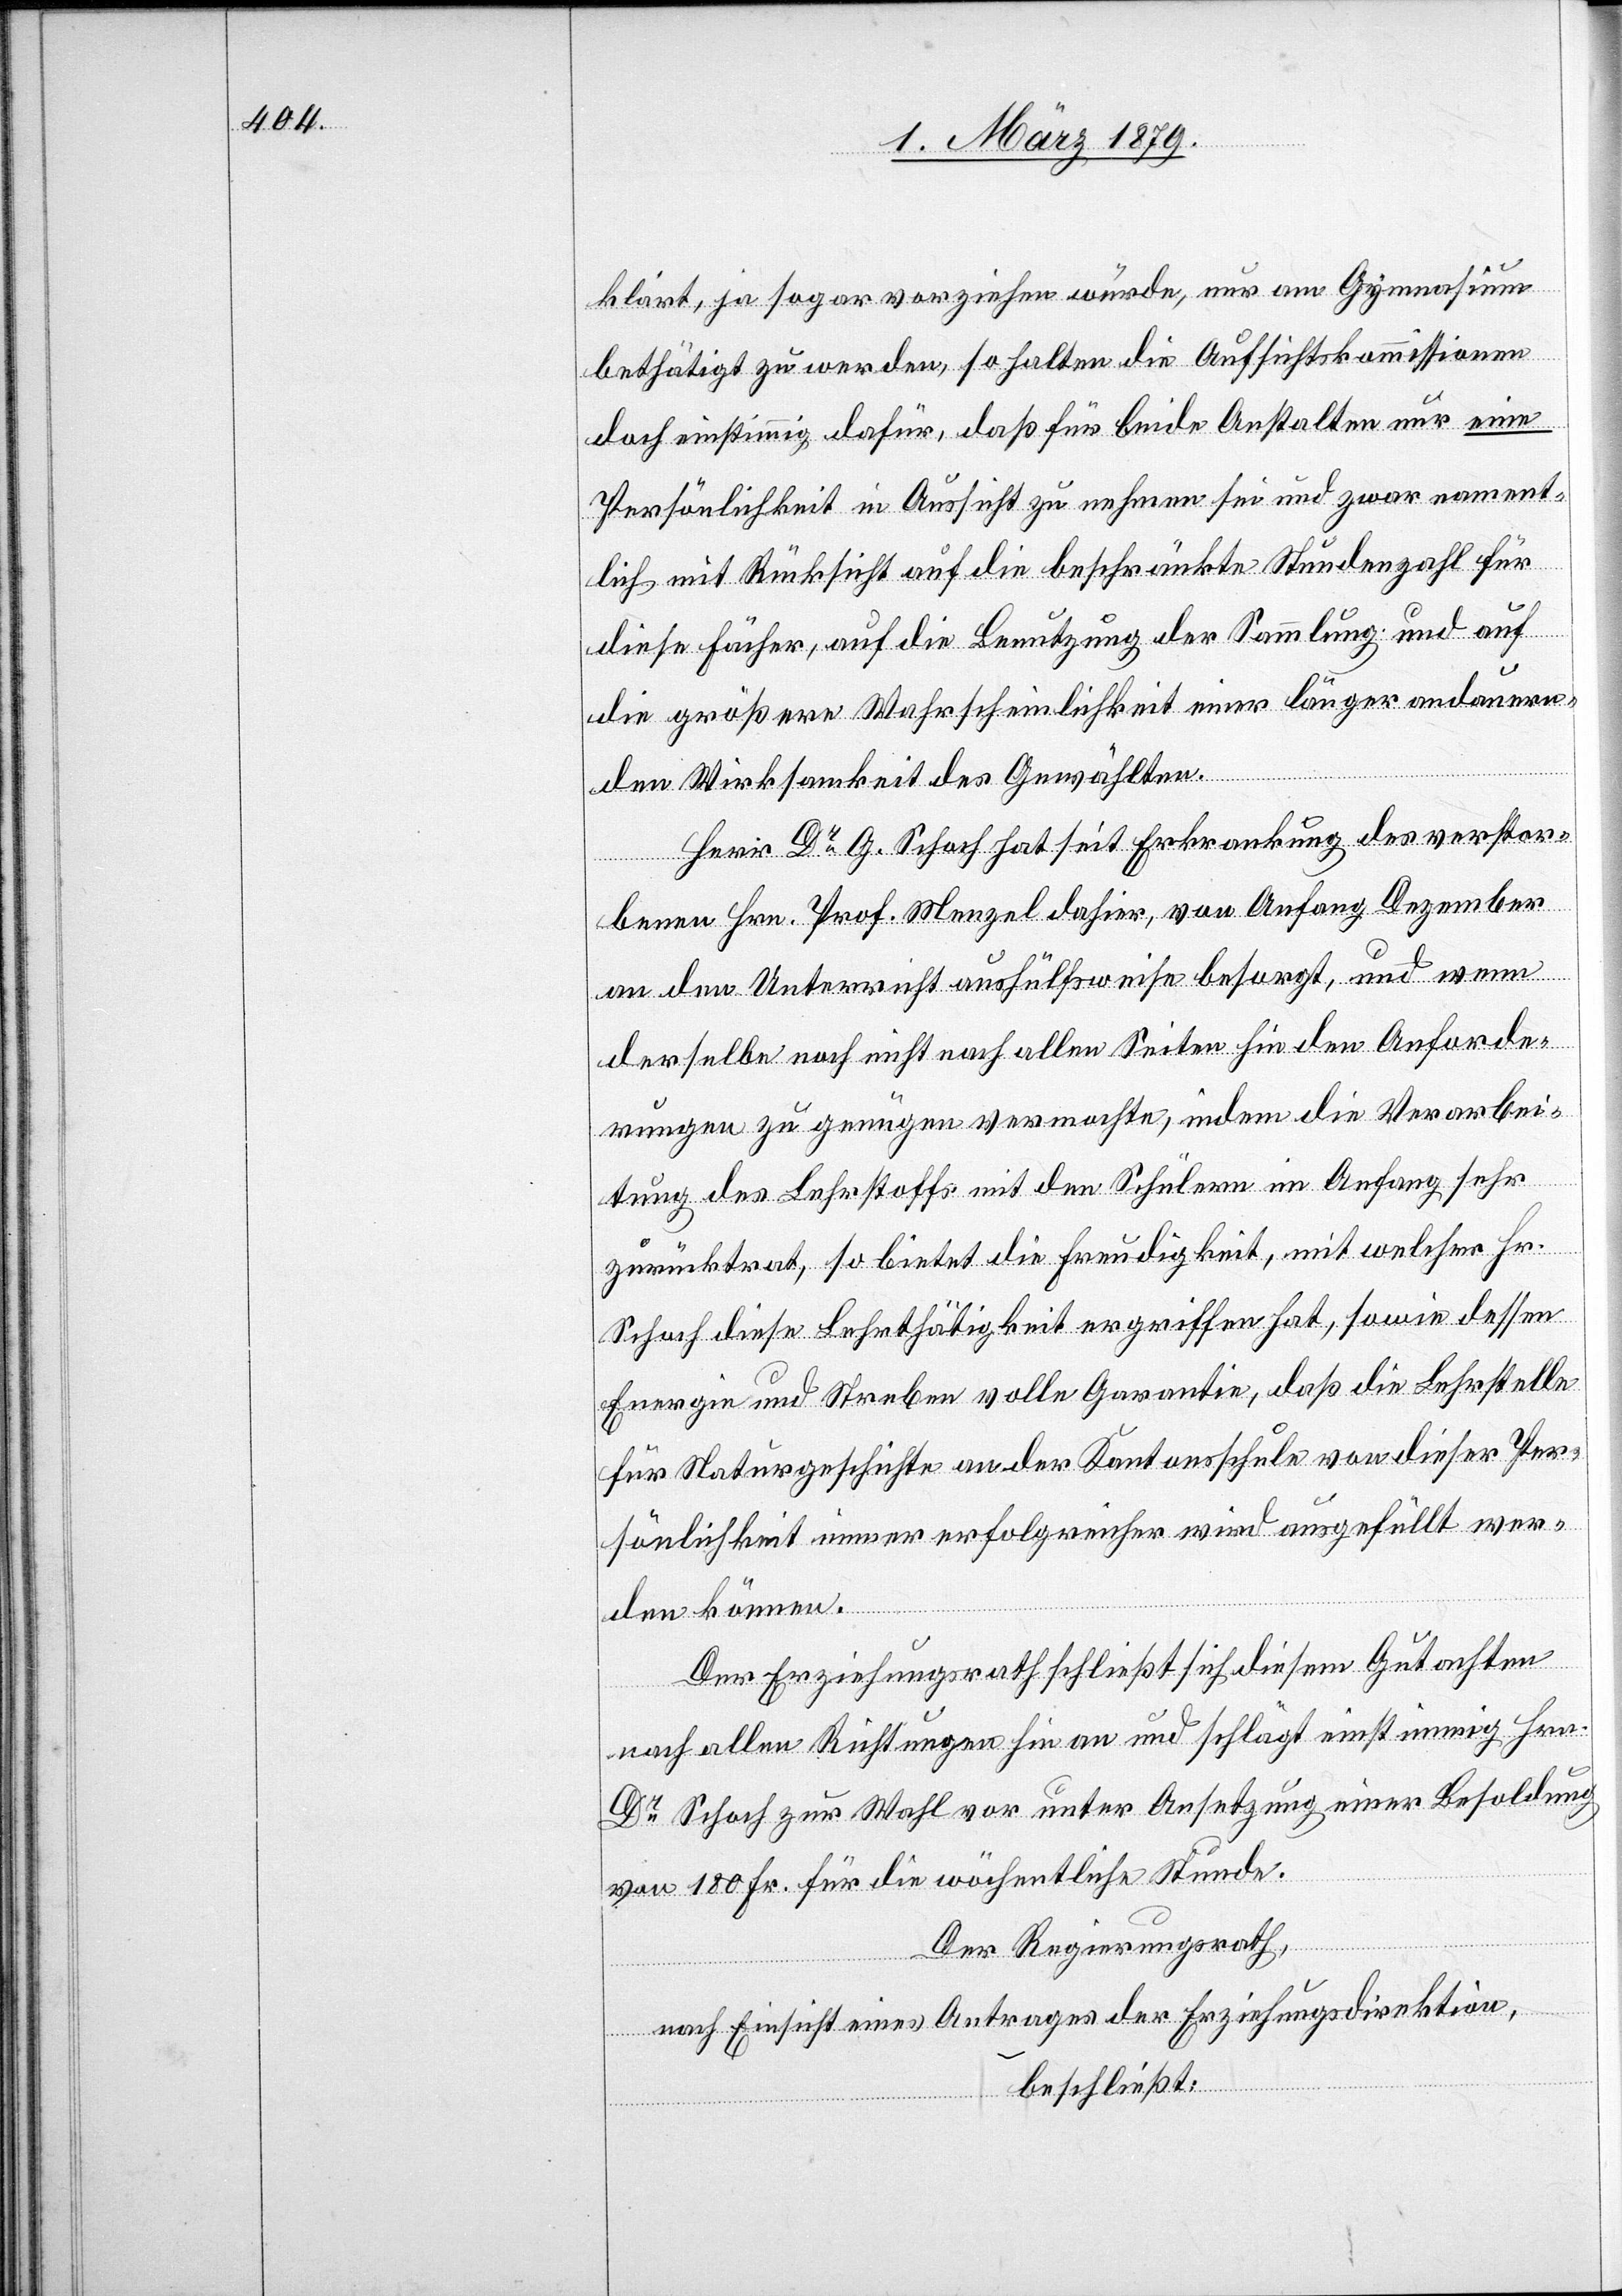
klärt, ja sogar vorziehen würde, nur am Gymnasium
bethätigt zu werden, so halten die Aufsichtskommissionen
doch einstimmig dafür, daß für beide Anstalten nur eine
Persönlichkeit in Aussicht zu nehmen sei und zwar nament¬
lich mit Rücksicht auf die beschränkte Stundenzahl für
diese Fächer, auf die Benutzung der Sammlung und auf
die größere Wahrscheinlichkeit einer länger andauern¬
den Wirksamkeit des Gewählten.
Herr Dr G. Schoch hat seit Erkrankung des verstor¬
benen Hrn. Prof. Menzel dahier, von Anfang Dezember
an den Unterricht aushülfsweise besorgt, und wenn
derselbe noch nicht nach allen Seiten hin den Anforde¬
rungen zu genügen vermochte, indem die Verarbei¬
tung des Lehrstoffs mit den Schülern im Anfang sehr
zurücktrat, so bietet die Freudigkeit, mit welcher Hr.
Schoch diese Lehrthätigkeit ergriffen hat, sowie dessen
Energie und Streben volle Garantie, daß die Lehrstelle
für Naturgeschichte an der Kantonsschule von dieser Per¬
sönlichkeit immer erfolgreicher wird ausgefüllt wer¬
den können.
Der Erziehungsrath schließt sich diesem Gutachten
nach allen Richtungen hin an und schlägt einstimmig Hrn.
Dr Schoch zur Wahl vor unter Ansetzung einer Besoldung
von 180 Fr. für die wöchentliche Stunde.
Der Regierungsrath,
nach Einsicht eines Antrages der Erziehungsdirektion,
beschließt: